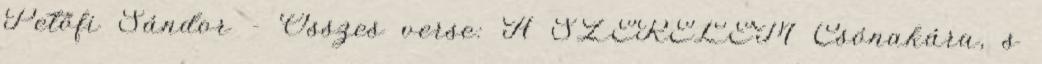
Petőfi Sándor - Összes verse: A SZERELEM Csónakára, s